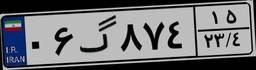
۰۶گ۸۷۴۱۵